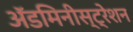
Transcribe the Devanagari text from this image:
ॲडमिनीस्ट्रेशन